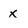
Character: X